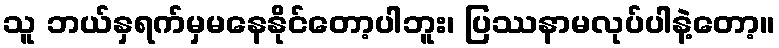
သူ ဘယ်နှရက်မှမနေနိုင်တော့ပါဘူး၊ ပြဿနာမလုပ်ပါနဲ့တော့။